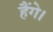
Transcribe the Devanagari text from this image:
हैंगे।